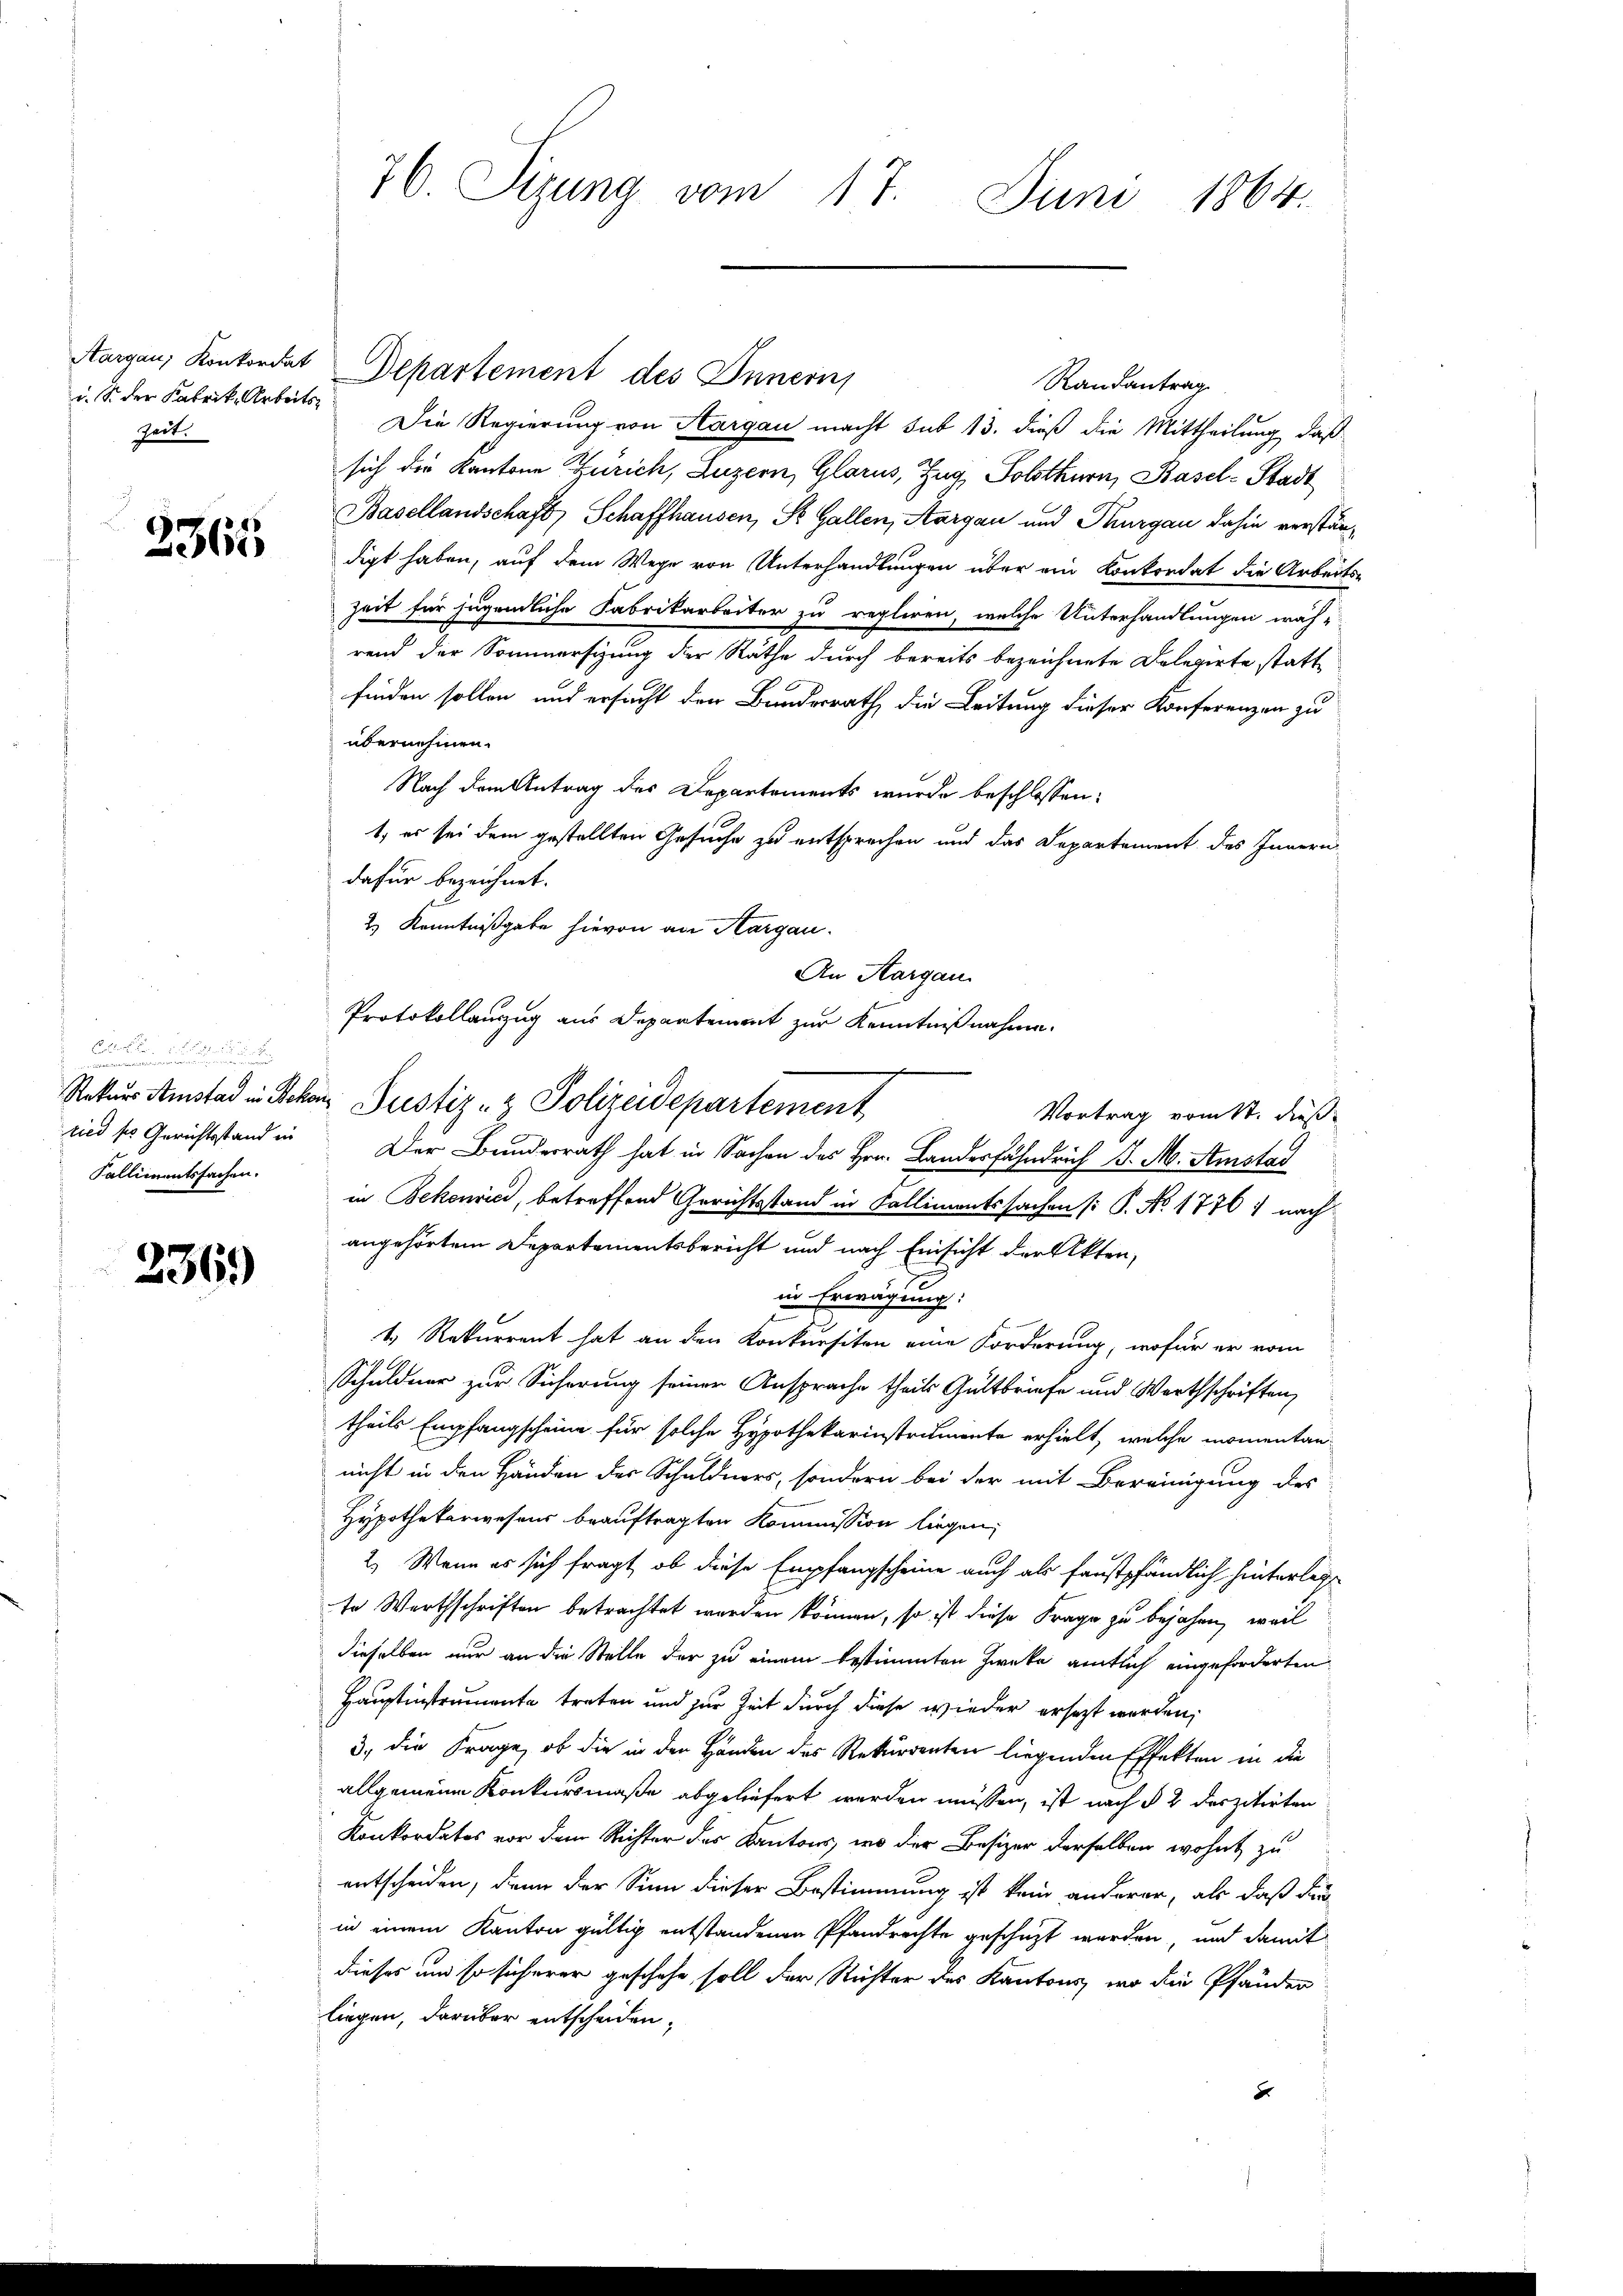
d. S. der Fabrik Arbeits¬
Zeit.

2365

.
Kallimentssachen.

236.)

26. Sizung vom 17. Juni 1864.

Die Regierung von Aargau macht sub 13. dieß die Mittheilung, daß
sich die Kantone Zürich, Luzern, Glarus, Zug, Solothurn, Basel-Stadt
Basellandschaft, Schaffhausen, St. Gallen, Aargau und Thurgau dahin verständigt haben, auf dem Wege von Unterhandlungen über ein Konkordat die Arbeits-
Zeit für jugendliche Fabrikarbeiter zu regliren, welche Unterhandlungen wäh-
rend der Sommersizung der Räthe durch bereits bezeichnete Delegirte statt
finden sollen und ersucht der Bundesrath die Leitung dieser Konferenzen zu
übernehmen.
Nach dem Antrag des Departements wurde beschlossen:
1, es sei dem gestellten Gesuche zu entsprechen und das Departement des Innern
dafür bezeichnet.
2.) Kenntnißgabe hievon an Margau.
Rekurs Amstad in Schon Justiz- & Polizeidepartement
Vortrag vom St. dieß
sind so Gerichtsstand in Der Bunderrath hat in Sachen des Hrn. Landesfähnrich d. M. Amstad
in Bekenrić, betreffend Gerichtsstand in Fallimentssachen (: P. No. 1770 ) nach
angehörtem Departementsbericht und nach Einsicht der Akten,
in Erwägung:
t. Rekurrent hat an den Konkursiten eine Forderung, wofür er vom
Schuldner zur Sicherung seiner Ansprache theils Gültbriefe und Werthschriften,
theils Empfangscheine für solche Hypothekarinstrumente erhielt, welche momentan
nicht in den Händen der Schuldners, sondern bei der mit Bereinigung des
Hypothekarwesens beauftragten Kommission liegen;
2.) Wenn es sich fragt, ob diese Empfangscheine auch als faustpfändlich hinterleg
te Werthschriften betrachtet werden können, so ist diese Frage zu bejahen, weil
dieselben nur an die Stelle der zu einem bestimmten Zweke amtlich eingeforderten
Hauptinstrumente treten und zur Zeit durch diese wieder ersetzt worden;
3., die Frage, ob die in den Händen des Rekurrenten liegenden Effekten in die
allgemeine Konkursmaße abgeliefert werden müssen, ist nach § 2 derzitirten
Konkordates vor dem Richter des Kantons, wo der Besizer derselben wohnt zu
entscheiden, denn der Sinn dieser Bestimmung ist kein anderer, als daß die
in einem Kanton gültig entstandenen Pfandrechte geschüzt werden, und damit
dieses und so sicherer geschehe soll der Richter des Kantons, wo die Pfänden
liegen, darüber entscheiden,
d

Aargau, Konkordat Departement des Innern

An Aargau
Protokollanzug aus Departement zur Kenntnißnahme.

Randantrag